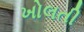
ખોલતી